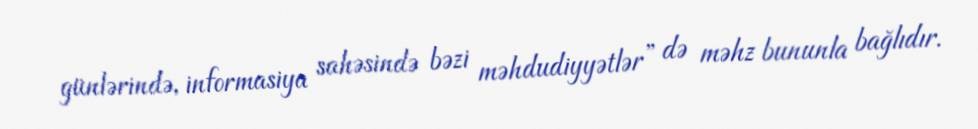
günlərində, informasiya sahəsində bəzi məhdudiyyətlər” də məhz bununla bağlıdır.